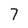
Character: 7